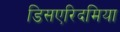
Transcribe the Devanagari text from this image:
डिसएरिदमिया